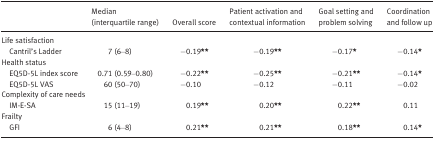
|  | Median (interquartile range) | Overall score | Patient activation and contextual information | Goal setting and problem solving | Coordination and follow up |
 | --- | --- | --- | --- | --- | --- |
 | <COLSPAN=6> Life satisfaction |
 | Cantril's Ladder | 7 (6–8) | −0.19** | −0.19** | −0.17* | −0.14* |
 | <COLSPAN=6> Health status |
 | EQ5D‐5L index score | 0.71 (0.59–0.80) | −0.22** | −0.25** | −0.21** | −0.14* |
 | EQ5D‐5L VAS | 60 (50–70) | −0.10 | −0.12 | −0.11 | −0.02 |
 | <COLSPAN=6> Complexity of care needs |
 | IM‐E‐SA | 15 (11–19) | 0.19** | 0.20** | 0.22** | 0.11 |
 | <COLSPAN=6> Frailty |
 | GFI | 6 (4–8) | 0.21** | 0.21** | 0.18** | 0.14* |